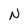
Character: N